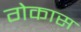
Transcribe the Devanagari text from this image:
गेकास